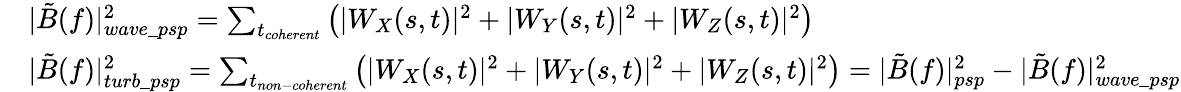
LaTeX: \begin{array}{rl}&{|\tilde{B}(f)|_{wave\_ psp}^{2}=\sum_{t_{coherent}}\left(|W_{X}(s,t)|^{2}+|W_{Y}(s,t)|^{2}+|W_{Z}(s,t)|^{2}\right)}\\ &{|\tilde{B}(f)|_{turb\_ psp}^{2}=\sum_{t_{non-coherent}}\left(|W_{X}(s,t)|^{2}+|W_{Y}(s,t)|^{2}+|W_{Z}(s,t)|^{2}\right)=|\tilde{B}(f)|_{psp}^{2}-|\tilde{B}(f)|_{wave\_ psp}^{2}}\end{array}